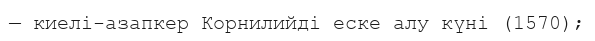
— киелі-азапкер Корнилийді еске алу күні (1570);